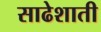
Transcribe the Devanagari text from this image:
साढेशाती